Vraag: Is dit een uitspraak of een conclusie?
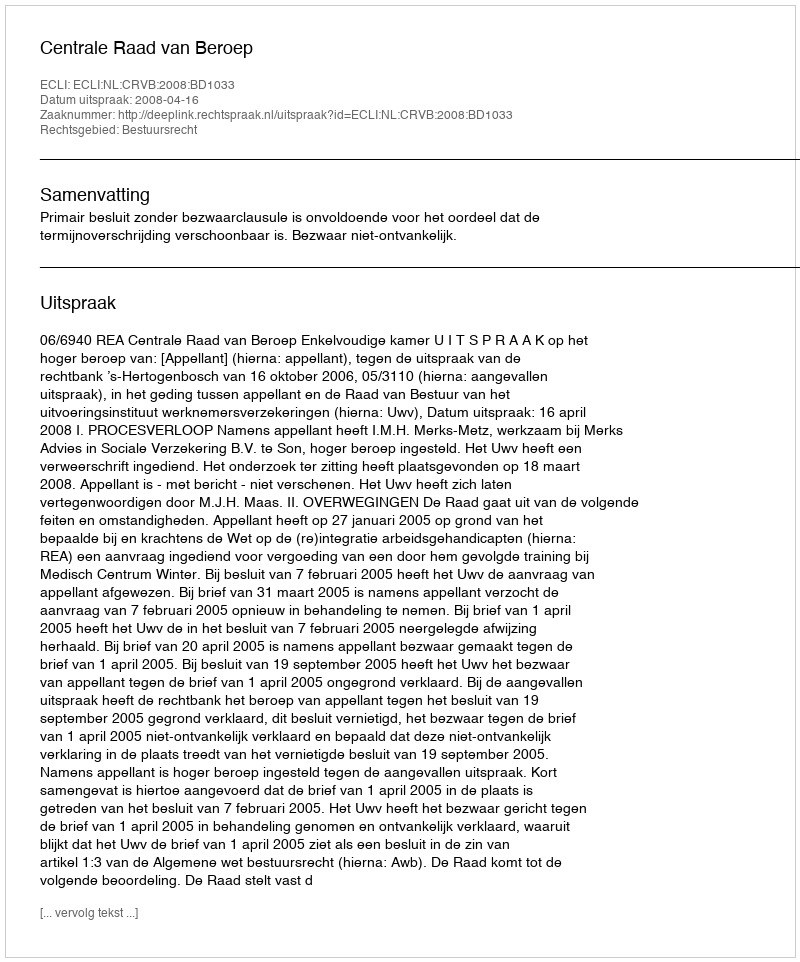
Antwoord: Uitspraak